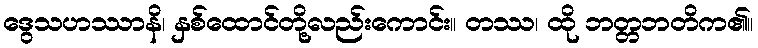
ဒွေသဟဿာနိ၊ နှစ်ထောင်တို့လည်းကောင်း။ တဿ၊ ထို ဘတ္တဘတိက၏။